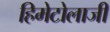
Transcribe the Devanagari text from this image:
हिमेटोलाजी